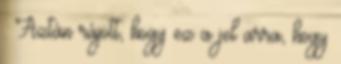
. Aztán rájött, hogy ez a jel arra, hogy